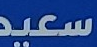
سعيد